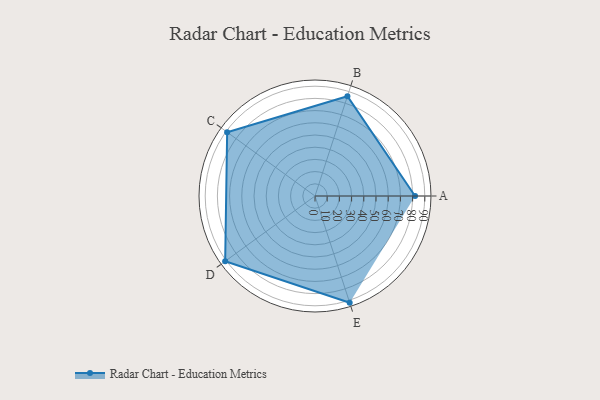
{"axis": {"x": "Skill", "y": "Score"}, "legend": ["Profile"], "data": [{"x": "A", "y": 82.0, "type": "Profile"}, {"x": "B", "y": 86.0, "type": "Profile"}, {"x": "C", "y": 89.0, "type": "Profile"}, {"x": "D", "y": 91.0, "type": "Profile"}, {"x": "E", "y": 92.0, "type": "Profile"}]}